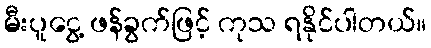
မီးပူငွေ့ ဖန်ခွက်ဖြင့် ကုသ ရနိုင်ပါတယ်။